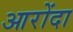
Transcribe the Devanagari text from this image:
आरोंदा